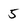
Character: 5